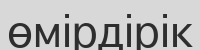
өмірдірік